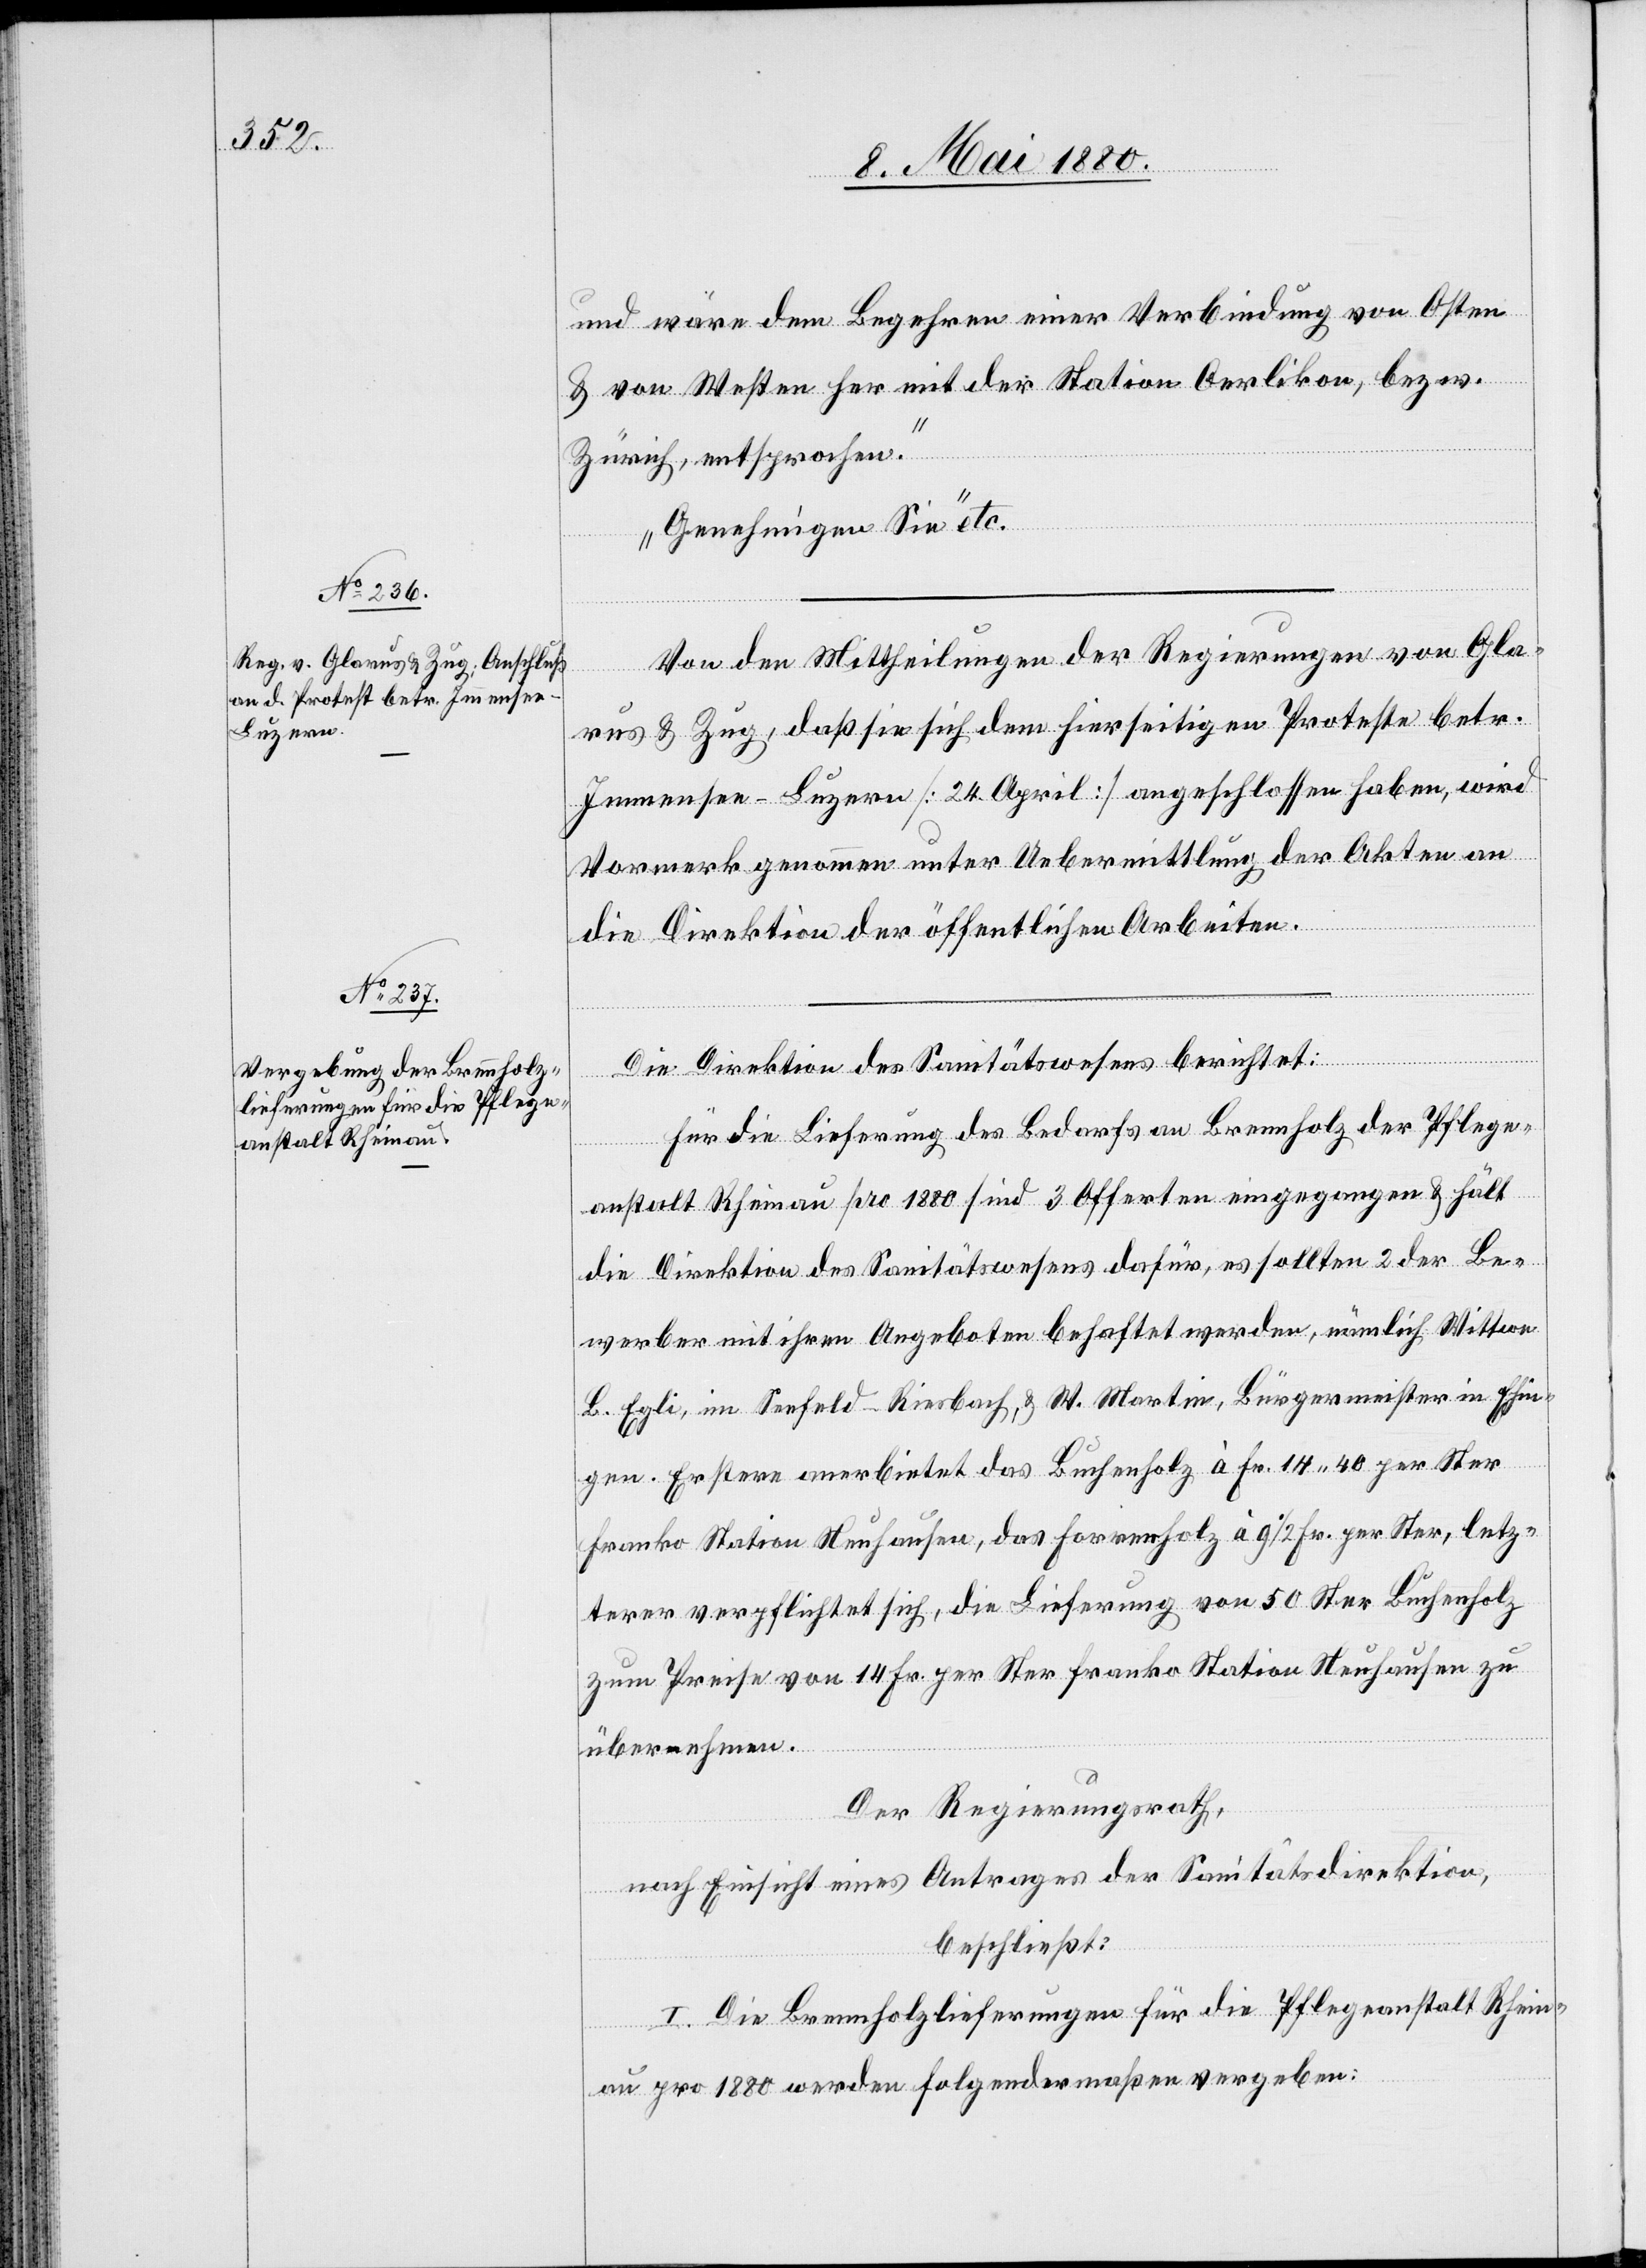
und wäre dem Begehren einer Verbindung von Osten
& von Westen her mit der Station Oerlikon, bezw.
Zürich, entsprochen.
Genehmigen Sie“ etc.
Von den Mittheilungen der Regierungen von Gla¬
rus & Zug, daß sie sich dem hierseitigen Proteste betr.
Immensee–Luzern [24. April] angeschlossen haben, wird
Vormerk genommen unter Uebermittlung der Akten an
die Direktion der öffentlichen Arbeiten.
Die Direktion des Sanitätswesens berichtet:
Für die Lieferung des Bedarfes an Brennholz der Pflege¬
anstalt Rheinau pro 1880 sind 3 Offerten eingegangen & hält
die Direktion des Sanitätswesen dafür, es sollten 2 der Be¬
werber mit ihren Angeboten behaftet werden, nämlich Wittwe
L. Egli, im Seefeld - Riesbach, & W. Martin, Bürgermeister in Ehin¬
gen. Erstere anerbiete das Buchenholz à Fr. 14.40 per Ster
franko Station Neuhausen, das Forrenholz à 91/2 Fr. per Ster, letz¬
terer verpflichtet sich, die Lieferung von 50 Ster Buchenholz
zum Preise von 14 Fr. per Ster franko Station Neuhausen zu
übernehmen.
Der Regierungsrath,
nach Einsicht eines Antrages der Sanitätsdirektion,
beschließt:
I. Die Brennholzlieferungen für die Pflegeanstalt Rhein¬
au pro 1880 werden folgendermaßen vergeben: